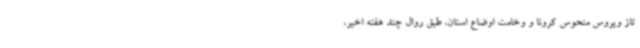
تاز ویروس منحوس کرونا و وخامت اوضاع استان، طبق روال چند هفته اخیر،